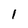
Character: 1